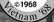
Vietnam 68